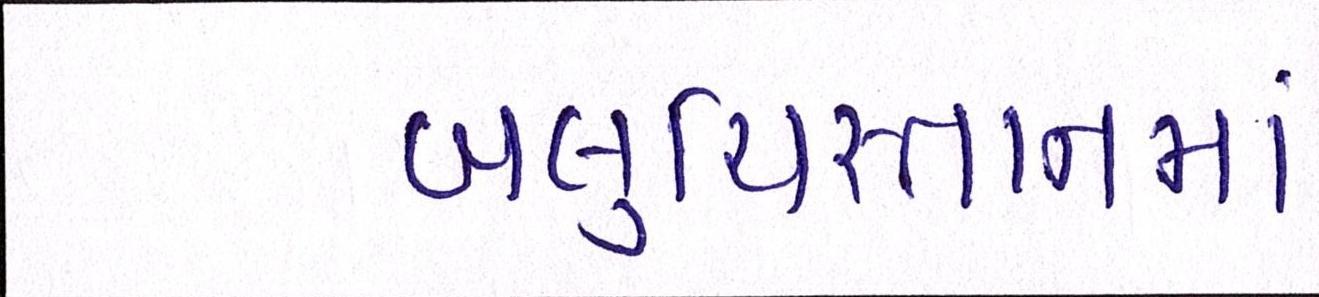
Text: બલુચિસ્તાનમાં